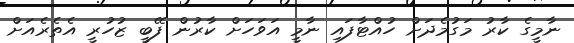
ނާމީގެ ކާރު މަގުމެދަށް ހުއްޓާފައި ނާމީ އަވަހަށް ކާރުން ފޭބީ ޒުހުރީ އެތެރެއަށް